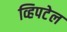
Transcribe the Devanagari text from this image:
व्हिपटेल